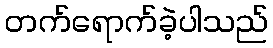
တက်ရောက်ခဲ့ပါသည်